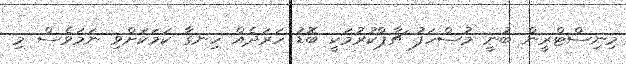
މިނިސްޓްރީން ބުނީ މުސްހަފު ޗާޕްކުރުމަކީ ބޮޑު ހަރަދެއް ހިނގާ ކަމަކަށްވި ނަމަވެސް މި